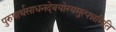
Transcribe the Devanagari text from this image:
पुरुषार्थसाधनदेवयोग्यमुत्पन्नमिति